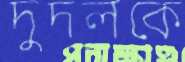
দুদলকে